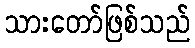
သားတော်ဖြစ်သည်